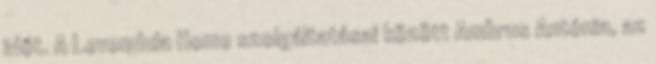
időt. A Levendula Home szolgáltatásai között Ambrus Antónia, az